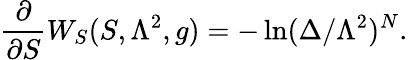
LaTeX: {\frac{\partial}{\partial S}}W_{S}(S,\Lambda^{2},g)=-\ln(\Delta/\Lambda^{2})^{N}.